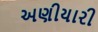
અણીયારી